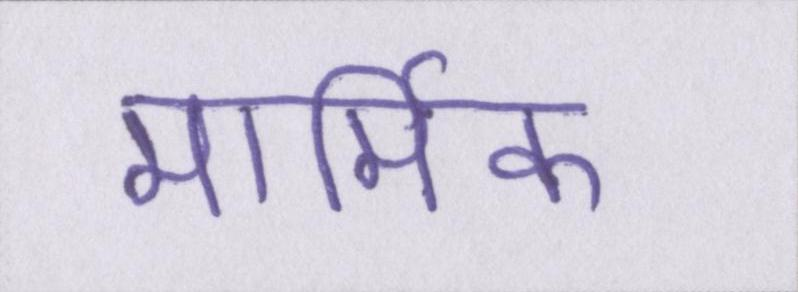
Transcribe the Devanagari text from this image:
मार्मिक